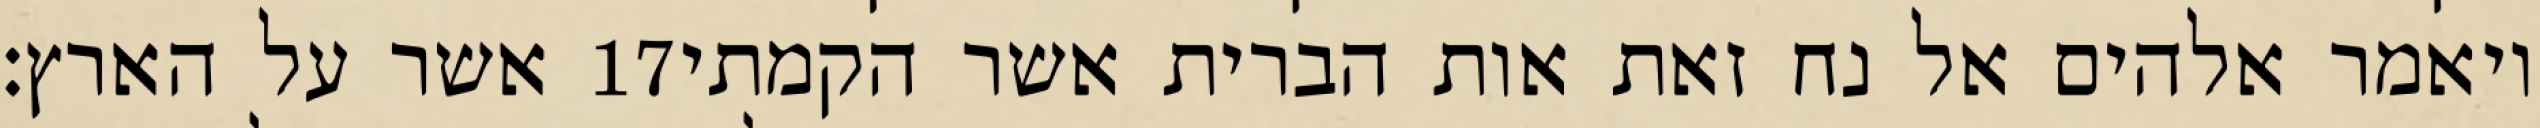
אשר על הארץ׃ ‎17‏ ויאמר אלהים אל נח זאת אות הברית אשר הקמתי